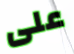
على